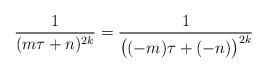
LaTeX: \begin{align*}\frac{1}{(m\tau + n)^{2k}} = \frac{1}{\big((-m)\tau + (-n)\big)^{2k}}\end{align*}